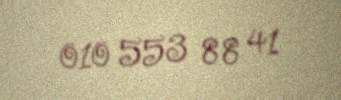
010 553 88 41